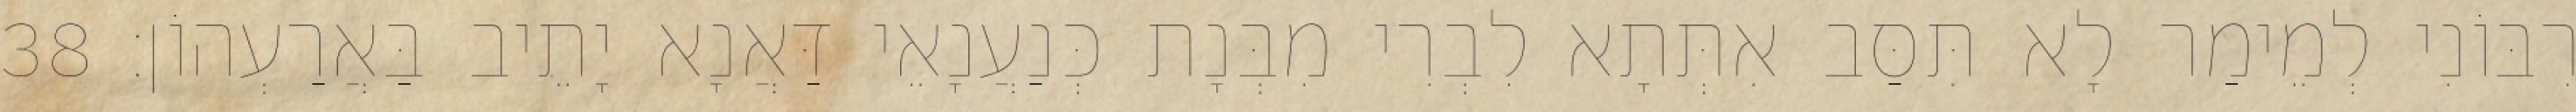
רִבּוֹנִי לְמֵימַר לָא תִּסַּב אִתְּתָא לִבְרִי מִבְּנָת כְּנַעֲנָאֵי דַּאֲנָא יָתֵיב בַּאֲרַעְהוֹן׃ 38